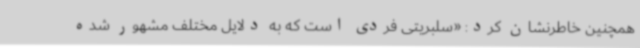
همچنین خاطرنشان کرد: «سلبریتی فردی است که به دلایل مختلف مشهور شده